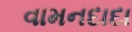
વામનદાદા